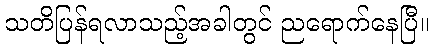
သတိပြန်ရလာသည့်အခါတွင် ညရောက်နေပြီ။